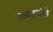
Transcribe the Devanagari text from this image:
जलाशयांची